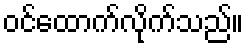
ဝင်ထောက်လိုက်သည်။